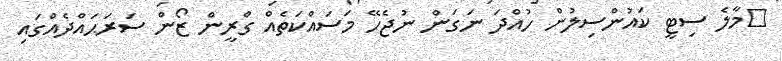
މާލެ ސިޓީ ކައުންސިލުން ހުއްދަ ނަގަން ނުޖެހޭ މަސައްކަތެއް ގްރީން ޒޯން ސަރަޙައްދެއްގައި